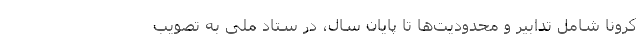
‌کرونا شامل تدابیر و محدودیت‌ها تا پایان سال، در ستاد ملی به تصویب